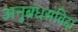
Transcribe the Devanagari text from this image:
अनुबंधसंविदा